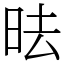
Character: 㫢